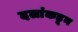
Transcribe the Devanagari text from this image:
दलांकडून